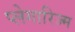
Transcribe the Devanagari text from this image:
प्लेगारिज्म